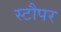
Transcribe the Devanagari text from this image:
स्टौपर